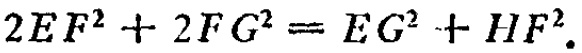
\(2EF^{2}+2FG^{2}=EG^{2}+HF^{2}\)